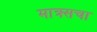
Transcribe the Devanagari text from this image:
माक्र्सचा